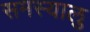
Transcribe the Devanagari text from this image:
समस्यालु